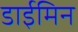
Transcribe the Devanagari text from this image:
डाईमिन